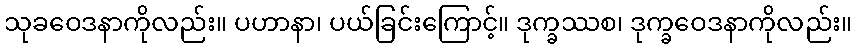
သုခဝေဒနာကိုလည်း။ ပဟာနာ၊ ပယ်ခြင်းကြောင့်။ ဒုက္ခဿစ၊ ဒုက္ခဝေဒနာကိုလည်း။